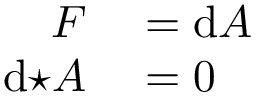
\begin{array} { r l } { F } & { { } = \mathrm { d } A } \\ { \mathrm { d } { \star } A } & { { } = 0 } \end{array}